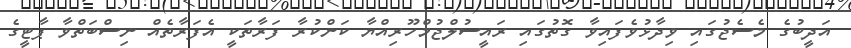
އަދީބުގެ މެސެޖުގައި ވިދާޅުވެފައިވާ ގޮތުގައި ރައީސުލްޖުމްހޫރިއްޔާ ކަންކުރާ ފަރާތަކީ އެފަރާތެއް ނިސްބަތްވާ ޕާޓީގެ